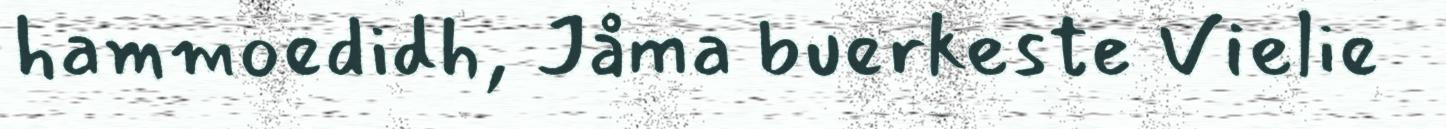
hammoedidh, Jåma buerkeste Vielie